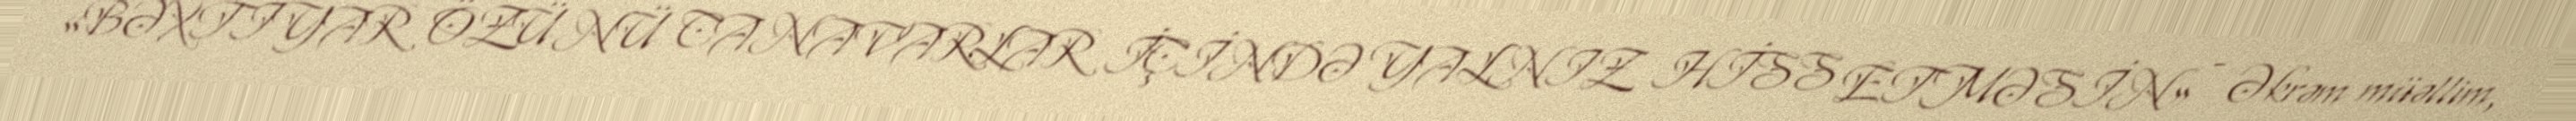
«BƏXTİYAR ÖZÜNÜ CANAVARLAR İÇİNDƏ YALNIZ HİSS ETMƏSİN» - Əkrəm müəllim,